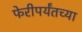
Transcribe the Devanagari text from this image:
फेरीपर्यंतच्या